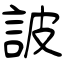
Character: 詖